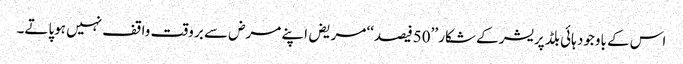
اس کے باوجود ہائی بلڈ پریشر کے شکار ’’50فیصد‘‘ مریض اپنے مرض سے بر وقت واقف نہیں ہوپاتے۔